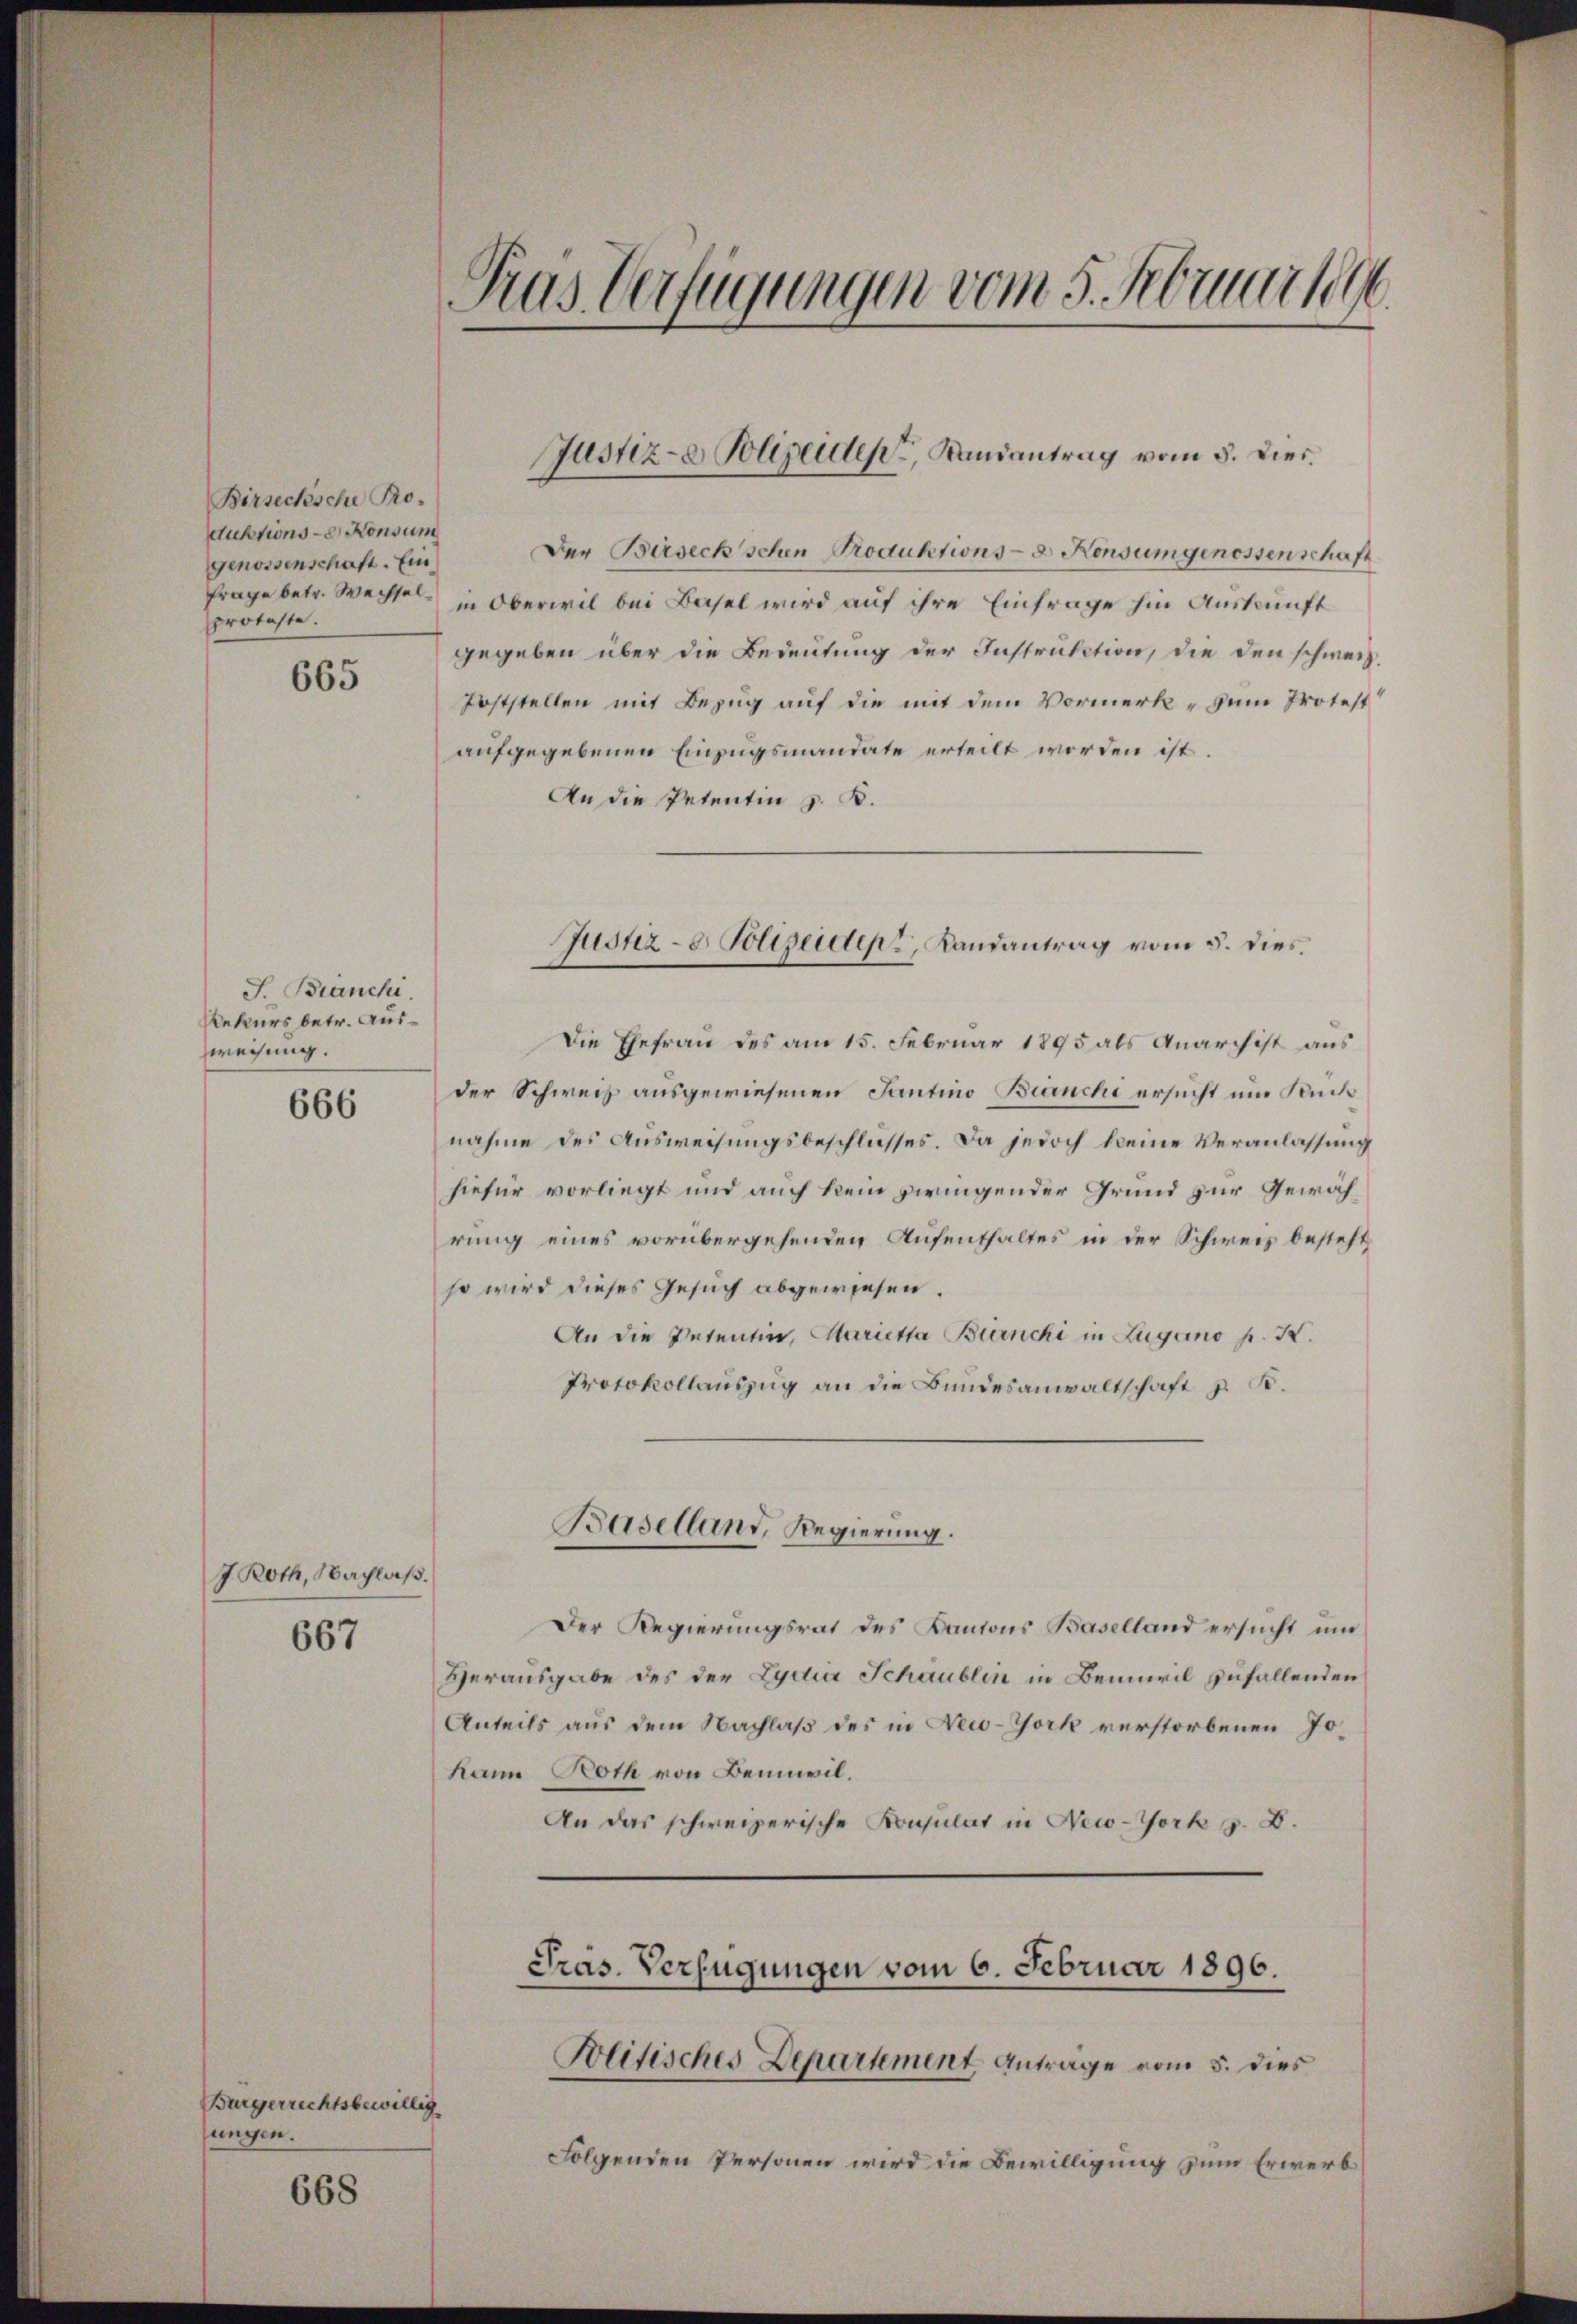
Birsecksche Pro-
Stuktions - Konsum
genossenschaft. Ein
proteste.

665

J. Branchi.
Rekurs betr. Ausweisung.

666

J. Roth, Nachlaß.

667

Bürgerrechtsbewillig
jungen.

668

Tras Verfügungen vom 5. Februar 1896

Der Birseck schen Produktions- & Konsum genossenschaft
frage betr. Wechsel in Oberwil bei Basel wird auf ihre Einfrage hin Auskunft
gegeben über die Bedeutung der Instruction, die den schweiz.
Poststellen mit Bezug auf die mit dem Vormerk zum Protest
aufgegebenen Einzugsmandate erteilt worden ist.
An die Petentin z. B.
Die Ehefrau des am 15. Februar 1895 als Anarch ist aus
der Schweiz ausgewiesenen Tantino Branchi ersucht um Rück
nahme des Ausweisungsbeschlusses. Da jedoch keine Veranlassung
hiefür vorliegt und auch kein pringender Grund zur Gewährung eines vorübergehenden Aufenthaltes in der Schweiz besteht
so wird dieses Gesuch abgewiesen.
An die Petentin, Marietta Bianchi in Zugano pr. K.
Protokollauszug an die Bundesanwaltschaft z. B.

Justiz- & Polizeiden, Landantrag vom 3. Dies

Justiz- & Polizeider, Landantrag vom 5. dies

Baselland, Regierung.

Der Regierungsrat des Kantons Baselland ersucht und
Herausgabe des der Lydia Schaublin in Beinwil zufallenden
Anteils aus dem Nachlaß des in New-York verstorbenen Jokann Noth von Beinwil¬
An das schweizerische Konsulat in New-York z. B.

Präs. Verfügungen vom 6. Februar 1896.

Politisches Departement Antrage vom 5. dies
Folgenden Personen wird die Bewilligung zum Erwerb